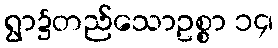
ရွာ၌တည်သောဥစ္စာ ၁၄၊